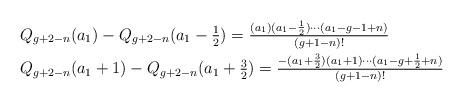
LaTeX: \begin{align*}& Q_{g+2-n}(a_1)-Q_{g+2-n}(a_1-\textstyle{\frac 12}) = \frac{(a_1)(a_1-\frac 12)\cdots (a_1-g-1+n)}{(g+1-n)!} \\& Q_{g+2-n}(a_1+1)-Q_{g+2-n}(a_1+\textstyle{\frac 32}) = \frac{-(a_1+\frac 32)(a_1+1)\cdots (a_1-g+\frac 12+n)}{(g+1-n)!} \end{align*}